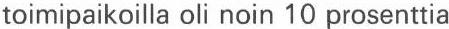
toimipaikoilla oli noin 10 prosenttia